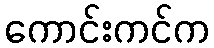
ကောင်းကင်က